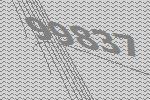
99837